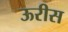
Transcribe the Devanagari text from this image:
ऊरीस